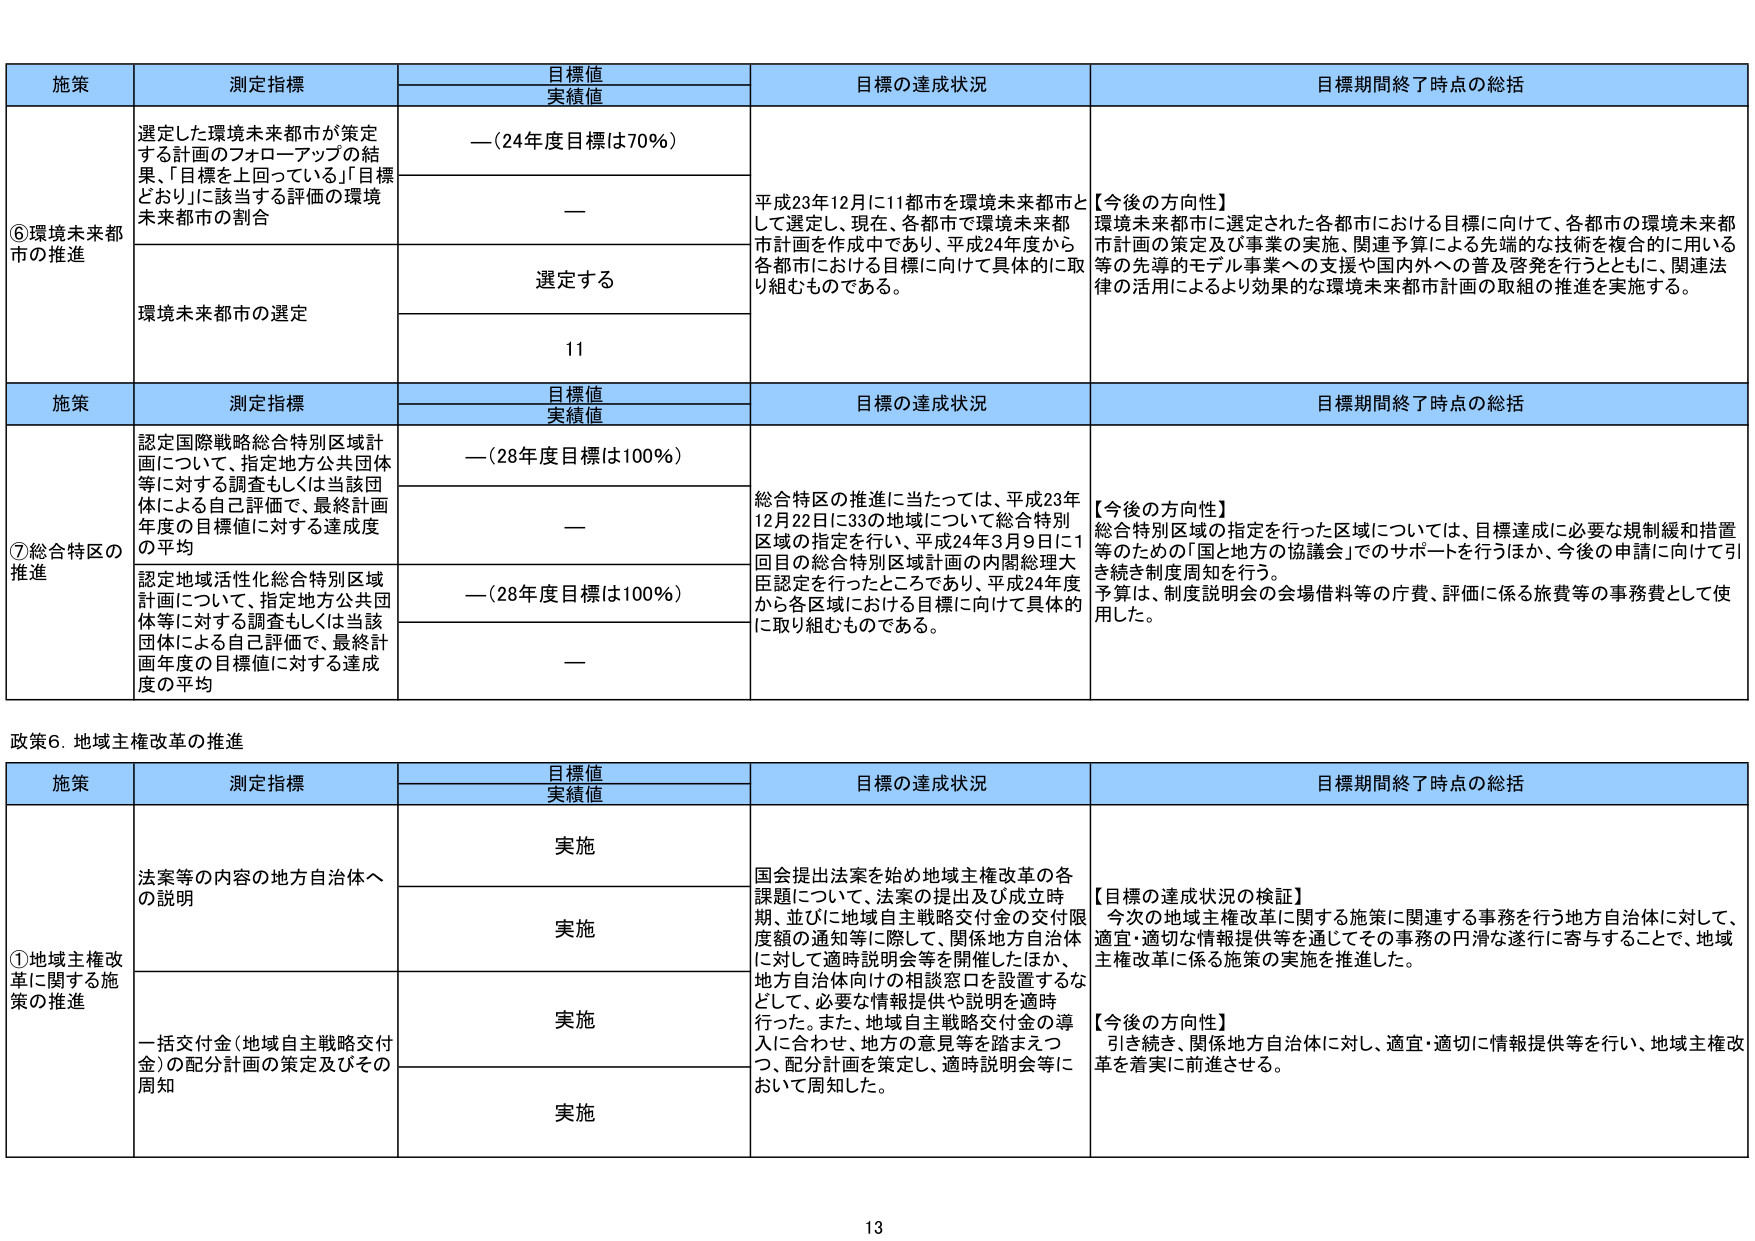
施策 測定指標 目標値 実績値 目標の達成状況 目標期間終了時点の総括
⑥環境未来都市の推進 選定した環境未来都市が策定する計画のフォローアップの結果、「目標を上回っている」「目標どおり」に該当する評価の環境未来都市の割合 —（24年度目標は70%） 平成23年12月に11都市を環境未来都市として選定し、現在、各都市で環境未来都市計画を作成中であり、平成24年度から各都市における目標に向けて具体的に取り組むものである。 【今後の方向性】 環境未来都市に選定された各都市における目標に向けて、各都市の環境未来都市計画の策定及び事業の実施、関連予算による先端的な技術を複合的に用いる等の先導的モデル事業への支援や国内外への普及啓発を行うとともに、関連法律の活用によるより効果的な環境未来都市計画の取組の推進を実施する。 環境未来都市の選定 選定する 11
施策 測定指標 目標値 実績値 目標の達成状況 目標期間終了時点の総括
⑦総合特区の推進 認定国際戦略総合特別区域計画について、指定地方公共団体等に対する調査もしくは当該団体による自己評価で、最終計画年度の目標値に対する達成度の平均 —（28年度目標は100%） 総合特区の推進に当たっては、平成23年12月22日に33の地域について総合特別区域の指定を行い、平成24年3月9日に1回目の総合特別区域計画の内閣総理大臣認定を行ったところであり、平成24年度から各区域における目標に向けて具体的に取り組むものである。 【今後の方向性】 総合特別区域の指定を行った区域については、目標達成に必要な規制緩和措置等のための「国と地方の協議会」でのサポートを行うほか、今後の申請に向けて引き続き制度周知を行う。 予算は、制度説明会の会場借料等の庁費、評価に係る旅費等の事務費として使用した。 認定地域活性化総合特別区域計画について、指定地方公共団体等に対する調査もしくは当該団体による自己評価で、最終計画年度の目標値に対する達成度の平均 —（28年度目標は100%） —
政策6．地域主権改革の推進
施策 測定指標 目標値 実績値 目標の達成状況 目標期間終了時点の総括
①地域主権改革に関する施策の推進 法案等の内容の地方自治体への説明 実施 国会提出法案を始め地域主権改革の各課題について、法案の提出及び成立時期、並びに地域自主戦略交付金の交付限度額の通知等に際して、関係地方自治体に対して適時説明会等を開催したほか、地方自治体向けの相談窓口を設置するなどして、必要な情報提供や説明を適時行った。また、地域自主戦略交付金の導入に合わせ、地方の意見等を踏まえつつ、配分計画を策定し、適時説明会等において周知した。 【目標の達成状況の検証】 今次の地域主権改革に関する施策に関連する事務を行う地方自治体に対して、適宜・適切な情報提供等を通じてその事務の円滑な遂行に寄与することで、地域主権改革に係る施策の実施を推進した。 【今後の方向性】 引き続き、関係地方自治体に対し、適宜・適切に情報提供等を行い、地域主権改革を着実に前進させる。 一括交付金（地域自主戦略交付金）の配分計画の策定及びその周知 実施 実施 実施
13